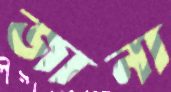
জানা